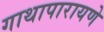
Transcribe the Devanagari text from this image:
गाथापारायणे